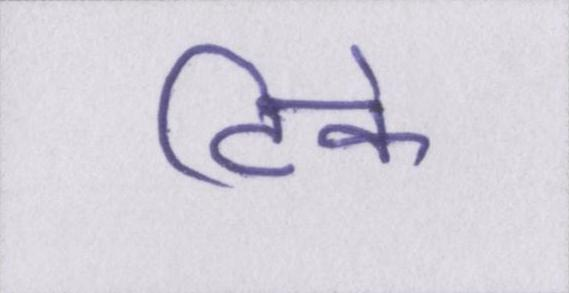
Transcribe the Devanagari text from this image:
टिके